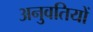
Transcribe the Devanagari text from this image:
अनुवतियों